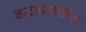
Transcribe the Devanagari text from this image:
करंडकातील